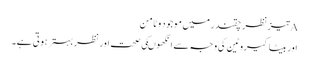
Aتیزنظر چقندر میں موجود وٹامن
اور بیٹاکیروٹین کی وجہ سے انکھوںکی صحت اور نظر بہترہوتی ہے۔